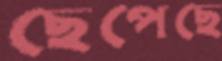
ছেপেছে